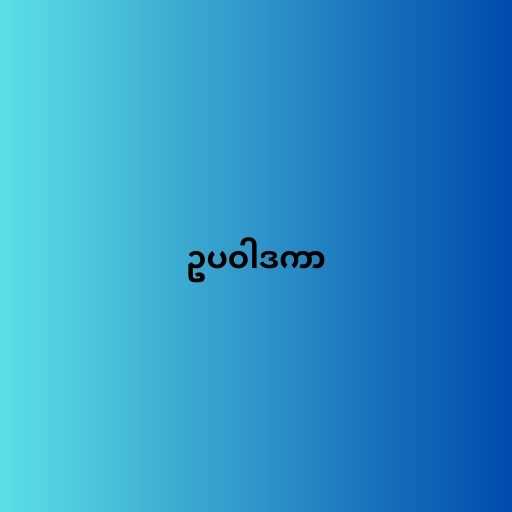
ဥပဝါဒကာ